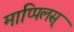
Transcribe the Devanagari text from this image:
माप्पिलस्